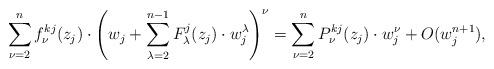
LaTeX: \begin{align*}\sum_{\nu=2}^{n}f^{kj}_\nu(z_j)\cdot \left(w_j+\sum_{\lambda=2}^{n-1} F^j_\lambda(z_j)\cdot w_j^\lambda\right)^\nu=\sum_{\nu=2}^{n}P^{kj}_\nu(z_j)\cdot w_j^\nu+O(w_j^{n+1}), \end{align*}